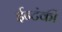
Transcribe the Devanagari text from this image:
ईन्टंकी